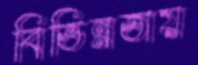
বিভিন্নতায়